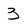
Character: 3